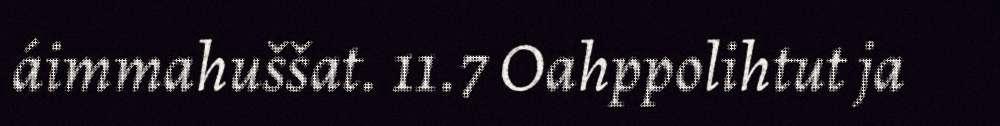
áimmahuššat. 11.7 Oahppolihtut ja